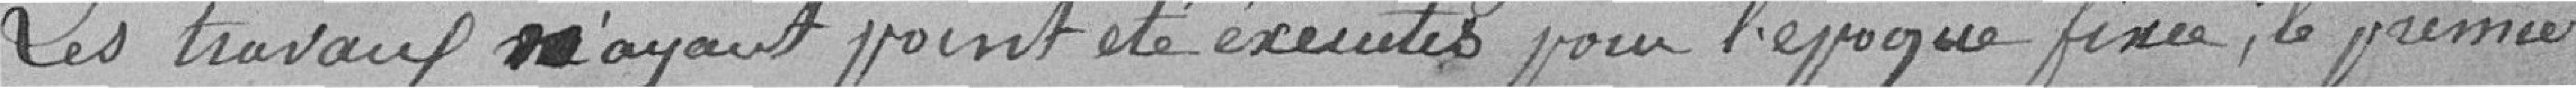
Les travaux n'ayant point été exécutés pour l'époque fixée, le premier